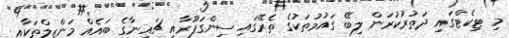
މި ޓިކެޓްގައި ދަތުރުކުރަން ލިބޭ ގައުމުތަކުގެ ތެރޭގައި ސިންގަޕޫރާއި ޗައިނާގެ ބައެއް މަންޒިލްތަކާއި